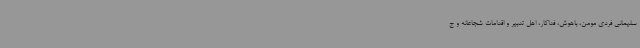
سلیمانی فردی مومن، باهوش، فداکار، اهل تدبیر و اقدامات شجاعانه و ج